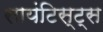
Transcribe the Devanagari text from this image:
सायंटिस्ट्स